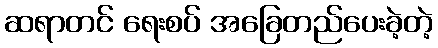
ဆရာတင် ရေးစပ် အခြေတည်ပေးခဲ့တဲ့